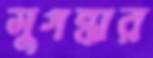
সুগন্ধার